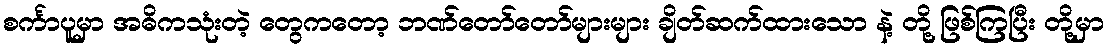
စင်္ကာပူမှာ အဓိကသုံးတဲ့ တွေကတော့ ဘဏ်တော်တော်များများ ချိတ်ဆက်ထားသော နဲ့ တို့ ဖြစ်ကြပြီး တို့မှာ